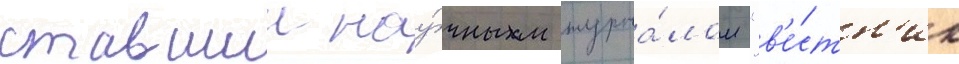
ставшии нау́чным журна́лом "в'е́стн'ик